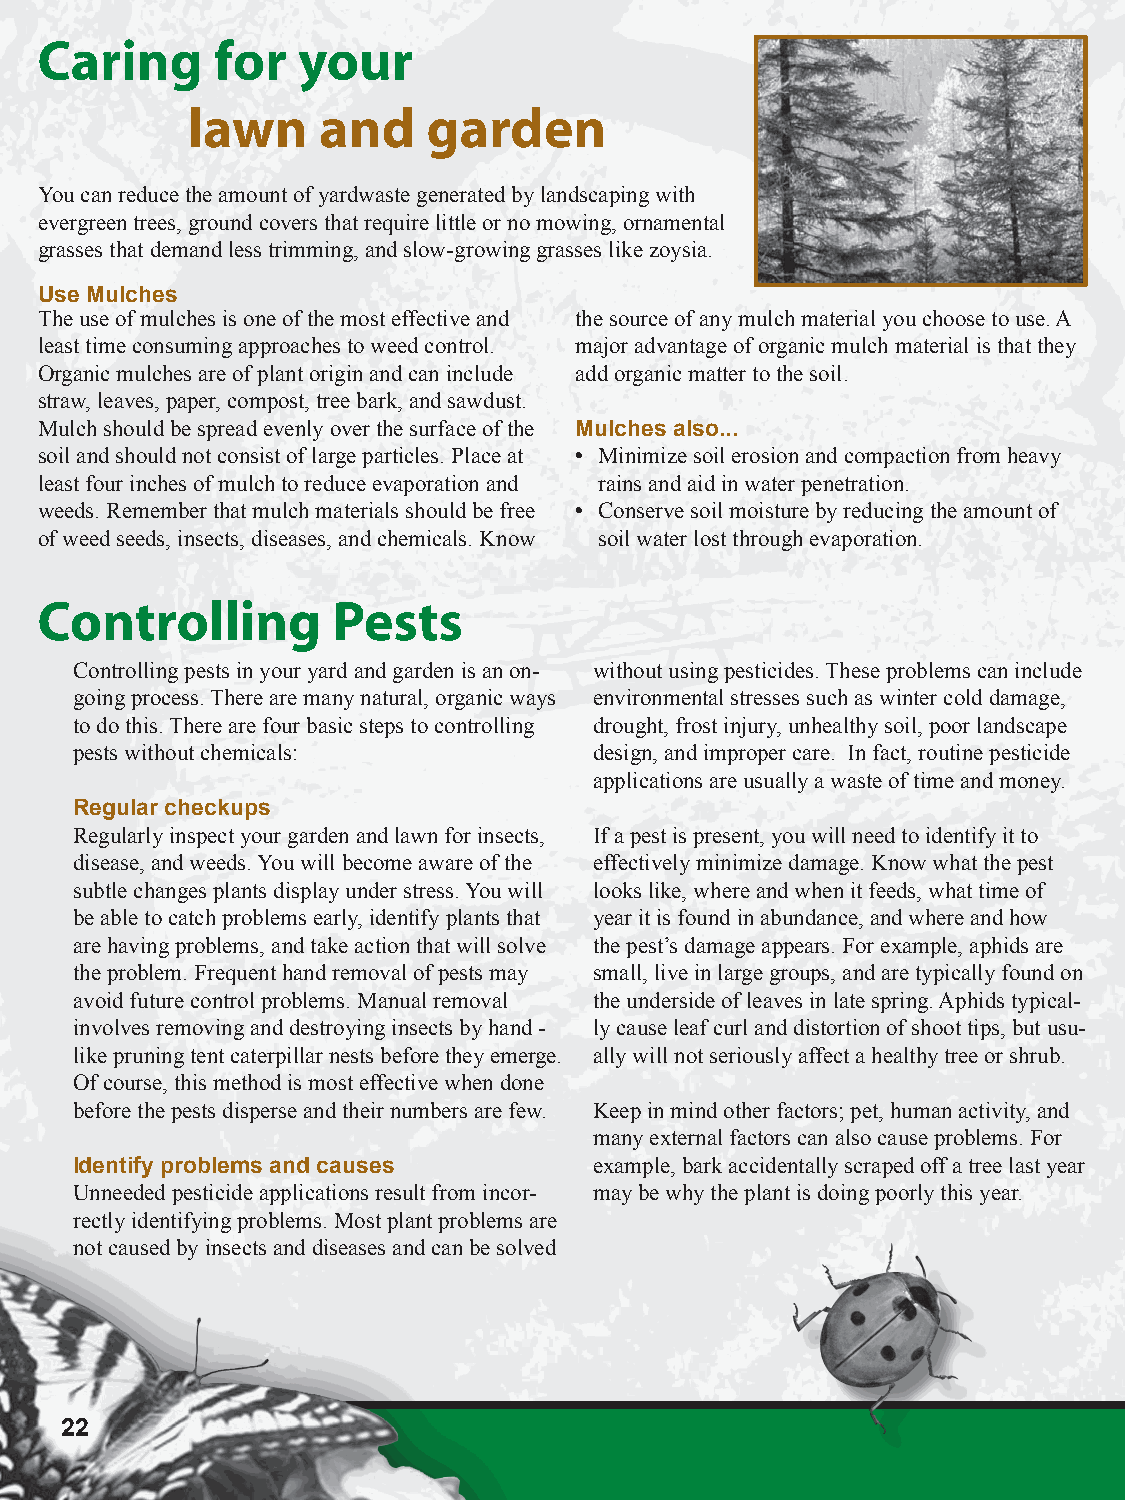
Caring      for   your
 lawn     and    garden
 You can reduce the amount of yardwaste generated by landscaping with
 evergreen trees, ground covers that require little or no mowing, ornamental
 grasses that demand less trimming, and slow-growing grasses like zoysia.
 Use Mulches
 The use of mulches is one of the most effective and the source of any mulch material you choose to use. A
 least time consuming approaches to weed control. major advantage of organic mulch material is that they
 Organic mulches are of plant origin and can include add organic matter to the soil.
 straw, leaves, paper, compost, tree bark, and sawdust.
 Mulch should be spread evenly over the surface of the Mulches also...
 soil and should not consist of large particles. Place at  Minimize soil erosion and compaction from heavy
 least four inches of mulch to reduce evaporation and rains and aid in water penetration.
 weeds. Remember that mulch materials should be free  Conserve soil moisture by reducing the amount of
 of weed seeds, insects, diseases, and chemicals. Know soil water lost through evaporation.
 Controlling         Pests
 Controlling pests in your yard and garden is an on- without using pesticides. These problems can include
 going process. There are many natural, organic ways environmental stresses such as winter cold damage,
 to do this. There are four basic steps to controlling drought, frost injury, unhealthy soil, poor landscape
 pests without chemicals:          design, and improper care. In fact, routine pesticide
 applications are usually a waste of time and money.
 Regular checkups
 Regularly inspect your garden and lawn for insects, If a pest is present, you will need to identify it to
 disease, and weeds. You will become aware of the effectively minimize damage. Know what the pest
 subtle changes plants display under stress. You will looks like, where and when it feeds, what time of
 be able to catch problems early, identify plants that year it is found in abundance, and where and how
 are having problems, and take action that will solve the pest’s damage appears. For example, aphids are
 the problem. Frequent hand removal of pests may small, live in large groups, and are typically found on
 avoid future control problems. Manual removal the underside of leaves in late spring. Aphids typical-
 involves removing and destroying insects by hand - ly cause leaf curl and distortion of shoot tips, but usu-
 like pruning tent caterpillar nests before they emerge. ally will not seriously affect a healthy tree or shrub.
 Of course, this method is most effective when done
 before the pests disperse and their numbers are few. Keep in mind other factors; pet, human activity, and
 many external factors can also cause problems. For
 Identify problems and causes      example, bark accidentally scraped off a tree last year
 Unneeded pesticide applications result from incor- may be why the plant is doing poorly this year.
 rectly identifying problems. Most plant problems are
 not caused by insects and diseases and can be solved
 22